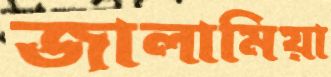
জালামিয়া